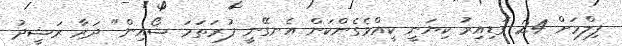
ފިލްމަށް 24 ގަޑިއިރު ކިޔަނީ ކީއްވެގެންކަން އެނގޭނީ ފުރަތަމަ ޝޯއިން" ދަރާ ރަޝީދު